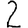
Digit: 2